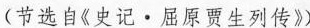
(节选自《史记·屈原贾生列传》)